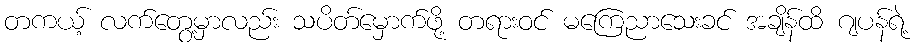
တကယ့် လက်တွေ့မှာလည်း သပိတ်မှောက်ဖို့ တရားဝင် မကြေညာသေးခင် အချိန်ထိ ဂျပန်ရဲ့